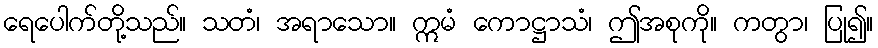
ရေပေါက်တို့သည်။ သတံ၊ အရာသော။ ဣမံ ကောဋ္ဌာသံ၊ ဤအစုကို။ ကတွာ၊ ပြု၍။